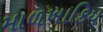
માળખાકિય